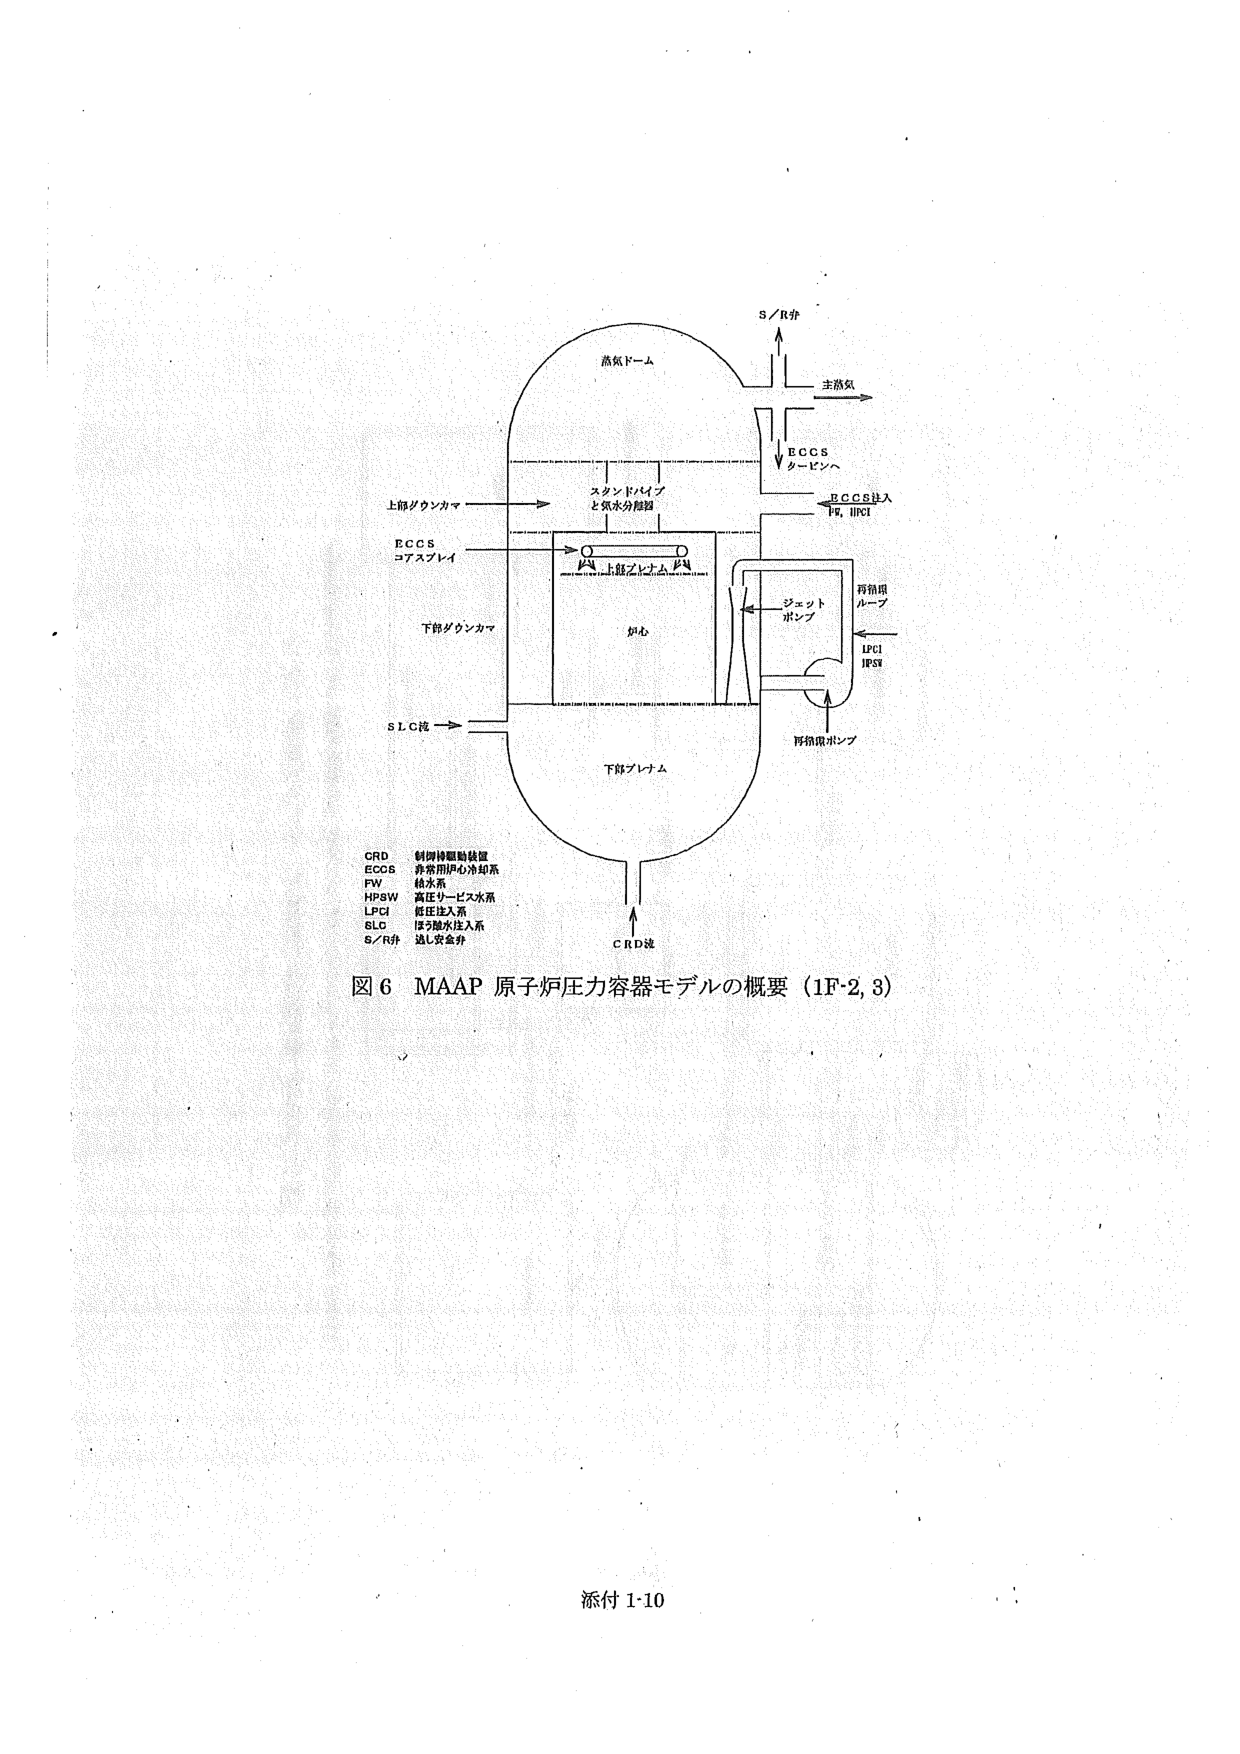
蒸気ドーム
S/R弁
主蒸気
ECCS
タービンへ
ECCS注入
FW, HPSW
上部ダウンカマ
スキャンドパイプ
と気水分離器
ECCS
コアスプレイ
上部プレナム
下部ダウンカマ
炉心
ジェット
ポンプ
再循環ループ
LPCI
HPSW
再循環ポンプ
SLC液
下部プレナム
CRD液
CRD 制御棒駆動装置
ECCS 非常用炉心冷却系
FW 給水系
HPSW 高圧リービス水系
LPCI 低圧注入系
SLC ほう加水注入系
S/R弁 逃し安全弁
図6 MAAP 原子炉圧力容器モデルの概要（1F-2,3）
添付 1-10